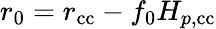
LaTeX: r_{0}=r_{\mathrm{cc}}-f_{0}H_{p,\mathrm{{cc}}}